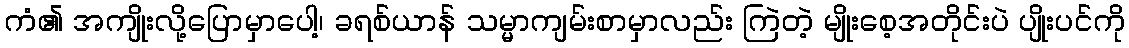
ကံ၏ အကျိုးလို့ပြောမှာပေါ့၊ ခရစ်ယာန် သမ္မာကျမ်းစာမှာလည်း ကြဲတဲ့ မျိုးစေ့အတိုင်းပဲ ပျိုးပင်ကို